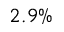
2 . 9 \%